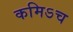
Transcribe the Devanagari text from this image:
कमिऽच